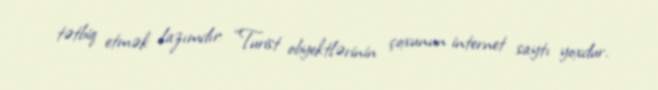
tətbiq etmək lazımdır: “Turist obyektlərinin çoxunun internet saytı yoxdur.